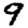
Digit: 9